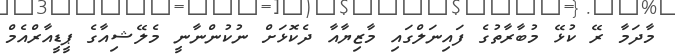
މާދަމާ ރޭ ކުޅޭ މުބާރާތުގެ ފައިނަލްގައި މާޒިޔާއާ ދެކޮޅަށް ނުކުންނާނީ މެލޭޝިއާގެ ޕީޑީއާރްއެމް